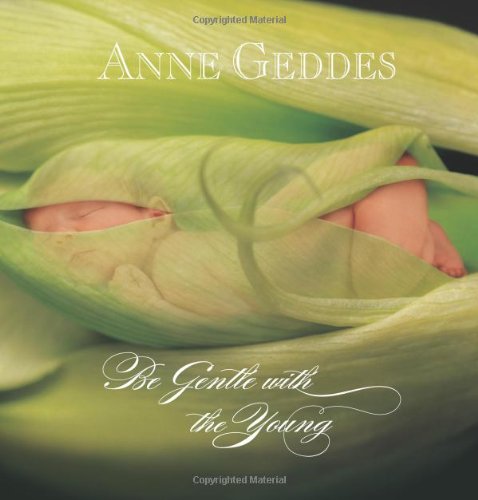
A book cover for Be Gentle with the Young; Anne Geddes; Arts & Photography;